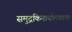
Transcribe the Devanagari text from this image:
समुद्रकिनार्यालगतचा